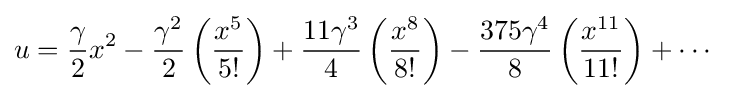
u={\frac {\gamma }{2}}x^{2}-{\frac {\gamma ^{2}}{2}}\left({\frac {x^{5}}{5!}}\right)+{\frac {11\gamma ^{3}}{4}}\left({\frac {x^{8}}{8!}}\right)-{\frac {375\gamma ^{4}}{8}}\left({\frac {x^{11}}{11!}}\right)+\cdots